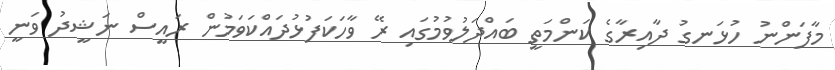
މާފަންނު ހުޅަނގު ދާއިރާގެ ކަންމަތީ ބައްދަލުވުމުގައި ރޭ ވާހަކަފުޅުދައްކަވަމުން ރައީސް ނަޝީދު ވަނީ